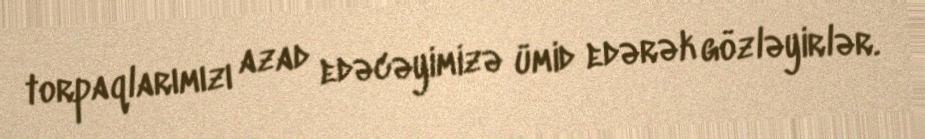
torpaqlarımızı azad edəcəyimizə ümid edərək gözləyirlər.